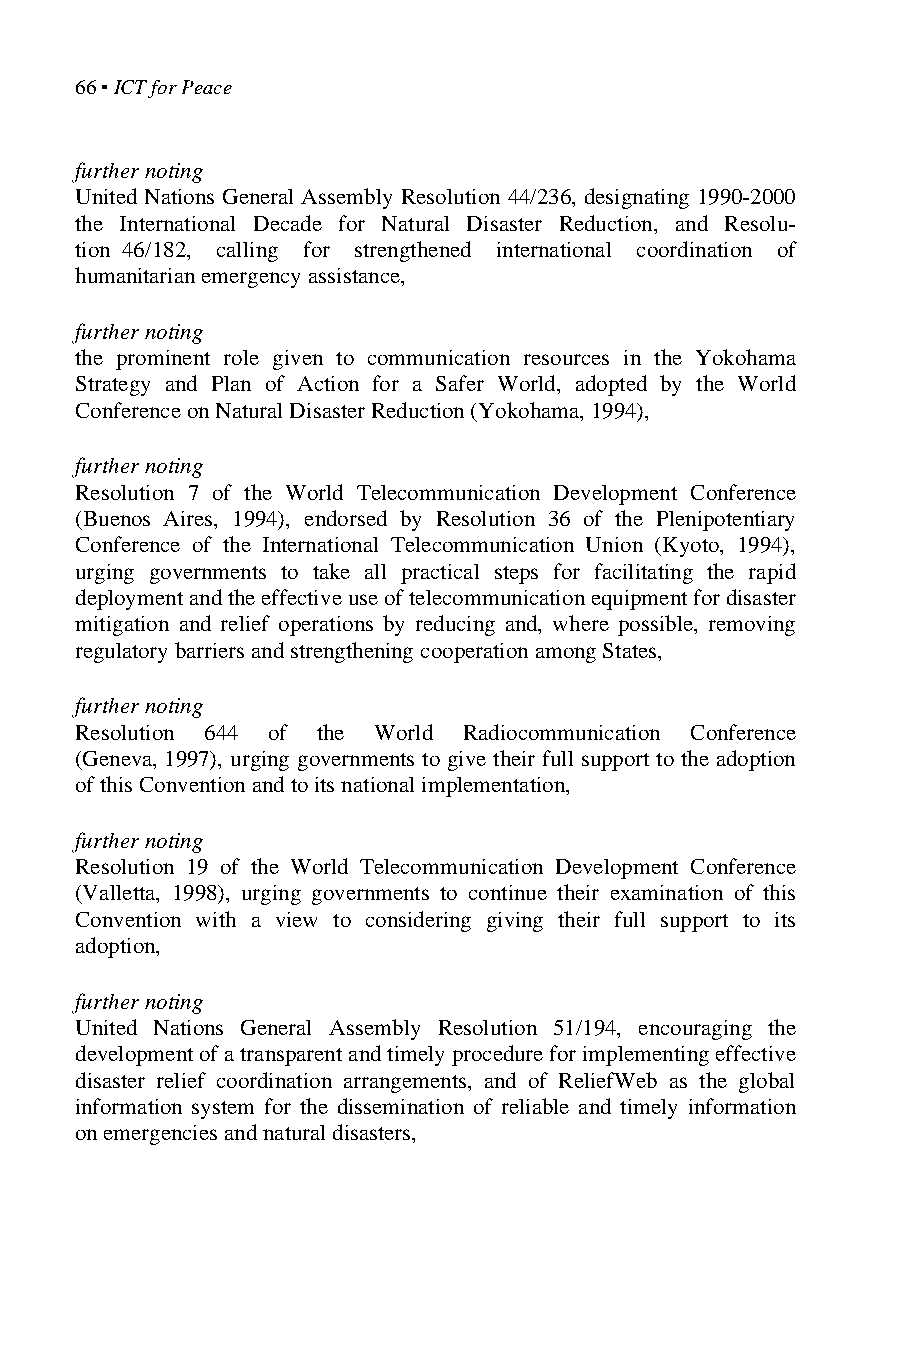
66 ▪ ICT for Peace
 further noting
 United Nations General Assembly Resolution 44/236, designating 1990-2000
 the International Decade for Natural Disaster Reduction, and Resolu-
 tion 46/182, calling for strengthened international coordination of
 humanitarian emergency assistance,
 further noting
 the prominent role given to communication resources in the Yokohama
 Strategy and Plan of Action for a Safer World, adopted by the World
 Conference on Natural Disaster Reduction (Yokohama, 1994),
 further noting
 Resolution 7 of the World Telecommunication Development Conference
 (Buenos Aires, 1994), endorsed by Resolution 36 of the Plenipotentiary
 Conference of the International Telecommunication Union (Kyoto, 1994),
 urging governments to take all practical steps for facilitating the rapid
 deployment and the effective use of telecommunication equipment for disaster
 mitigation and relief operations by reducing and, where possible, removing
 regulatory barriers and strengthening cooperation among States,
 further noting
 Resolution 644 of the World Radiocommunication Conference
 (Geneva, 1997), urging governments to give their full support to the adoption
 of this Convention and to its national implementation,
 further noting
 Resolution 19 of the World Telecommunication Development Conference
 (Valletta, 1998), urging governments to continue their examination of this
 Convention with a view to considering giving their full support to its
 adoption,
 further noting
 United Nations General Assembly Resolution 51/194, encouraging the
 development of a transparent and timely procedure for implementing effective
 disaster relief coordination arrangements, and of ReliefWeb as the global
 information system for the dissemination of reliable and timely information
 on emergencies and natural disasters,